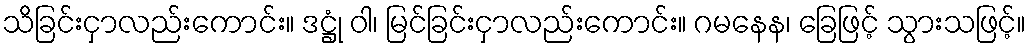
သိခြင်းငှာလည်းကောင်း။ ဒဋ္ဌုံ ဝါ၊ မြင်ခြင်းငှာလည်းကောင်း။ ဂမနေန၊ ခြေဖြင့် သွားသဖြင့်။